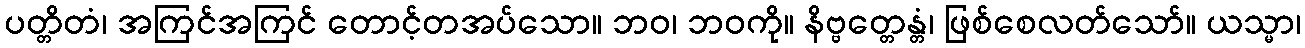
ပတ္တိတံ၊ အကြင်အကြင် တောင့်တအပ်သော။ ဘဝ၊ ဘဝကို။ နိဗ္ဗတ္တေန္တံ၊ ဖြစ်စေလတ်သော်။ ယသ္မာ၊